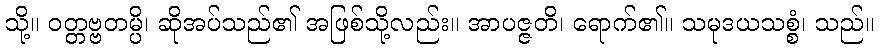
သို့။ ဝတ္တဗ္ဗတမ္ပိ၊ ဆိုအပ်သည်၏ အဖြစ်သို့လည်း။ အာပဇ္ဇတိ၊ ရောက်၏။ သမုဒယသစ္စံ၊ သည်။